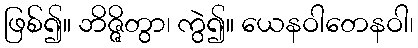
ဖြစ်၍။ ဘိဇ္ဇိတွာ၊ ကွဲ၍။ ယေနဝါတေနဝါ၊